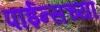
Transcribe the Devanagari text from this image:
पाईन्सच्या